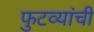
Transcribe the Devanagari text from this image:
फुटव्यांची